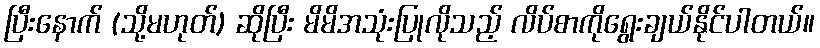
ပြီးနောက် (သို့မဟုတ်) ဆိုပြီး မိမိအသုံးပြုလိုသည့် လိပ်စာကိုရွေးချယ်နိုင်ပါတယ်။